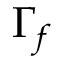
\Gamma _ { f }